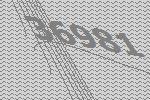
36981